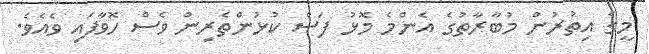
މީގެ އިތުރުން މުބާރާތުގެ އެންމެ މޮޅު ފަސް ކުޅުންތެރިން ވެސް ހޮވާފައި ވެއެވެ.